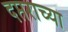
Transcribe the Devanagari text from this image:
दप्तराच्या